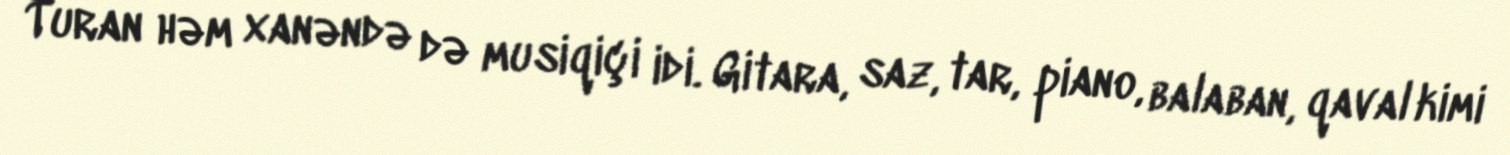
Turan həm xanəndə də musiqiçi idi. Gitara, saz, tar, piano, balaban, qaval kimi